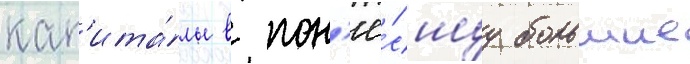
кап'ита́лы в пон'ё́сшуу большие